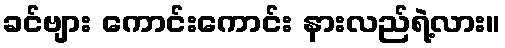
ခင်ဗျား ကောင်းကောင်း နားလည်ရဲ့လား။